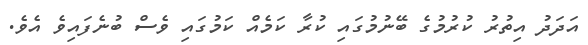
އަދަދު އިތުރު ކުރުމުގެ ބޭނުމުގައި ކުރާ ކަމެއް ކަމުގައި ވެސް ބުނެފައިވެ އެވެ.